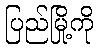
ပြည်မြို့ကို